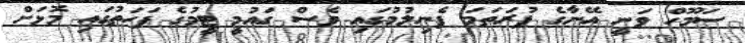
ސަމޫހް ވަނީ އޭނާގެ ފުރަތަމަ ފެނިލުމުގައި ވެސް ގައުމީ ޓީމުގެ ފަހަތުގައި މޮޅަށް